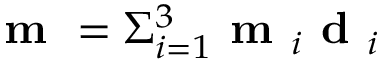
\textbf { m } = \Sigma _ { i = 1 } ^ { 3 } \textbf { m } _ { i } \textbf { d } _ { i }